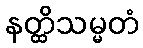
နတ္ထိသမ္မတံ